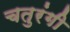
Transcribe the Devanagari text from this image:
चतुरंगी